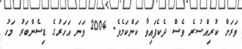
ވަރަށް ކުރިއްސުރެ ވެސް ދެކެފައިވާ ކަންކަމެވެ. 2004 ވަނަ އަހަރުގެ ޑިސެންބަރު މަހު